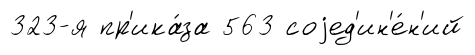
323-я пр'ика́за 563 соjед'ин'е́н'ий